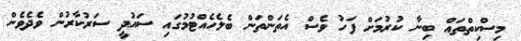
މިސްކިތްތައް ބިނާ ކުރުމަށް ފަހު ވެސް އެތަންތަން ބެލެހެއްޓުމުގައި ސައުދީ ސަރުކާރުން ވެދެވެން